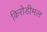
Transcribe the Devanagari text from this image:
किरोडीमल